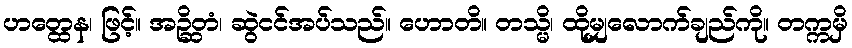
ဟတ္ထေန၊ ဖြင့်။ အဉ္ဆိတံ၊ ဆွဲငင်အပ်သည်။ ဟောတိ။ တသ္မိ၊ ထိုမျှလောက်ချည်ကို။ တက္ကမှိ